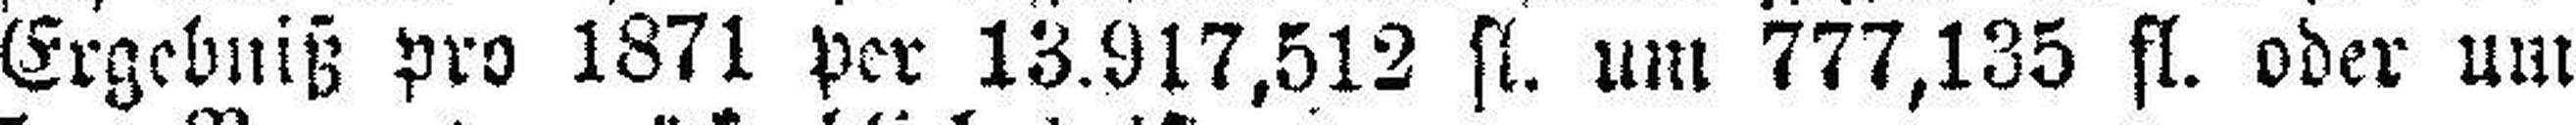
Ergebniß pro 1871 per 13.917,512 fl. um 777,135 fl. oder um